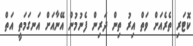
ކޮޓަރި ތެރެއަށް ވަތް އިރު ތިން ދަރިން ފެނުމުން އޭނާއަށް އަނގަމަތީ އަތް